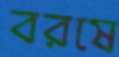
বরষে